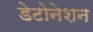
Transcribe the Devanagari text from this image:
डेटोनेशन